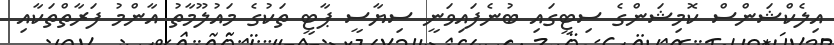
އިލެކްޝަންސް ކޮމިޝަންގެ ސިޓީގައި ބުނެފައިވަނީ ސިޔާސީ ޕާޓީ ތަކުގެ މައުލޫމާތު އާންމު ފަރާތްތަކާއި